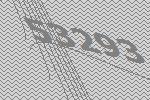
53293